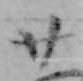
廿